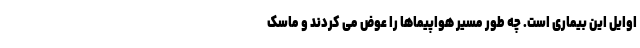
اوایل این بیماری است. چه طور مسیر هواپیماها را عوض می کردند و ماسک